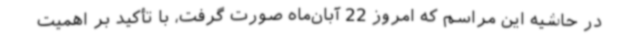
در حاشیه این مراسم که امروز 22 آبان‌ماه صورت گرفت، با تأکید بر اهمیت